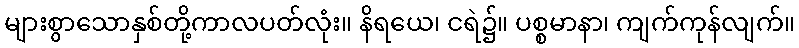
များစွာသောနှစ်တို့ကာလပတ်လုံး။ နိရယေ၊ ငရဲ၌။ ပစ္စမာနာ၊ ကျက်ကုန်လျက်။